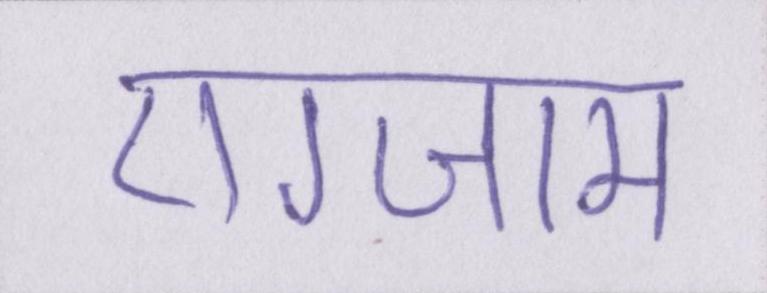
एग्जाम